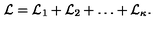
{ \cal L } = { \cal L } _ { 1 } + { \cal L } _ { 2 } + \ldots + { \cal L } _ { \kappa } .